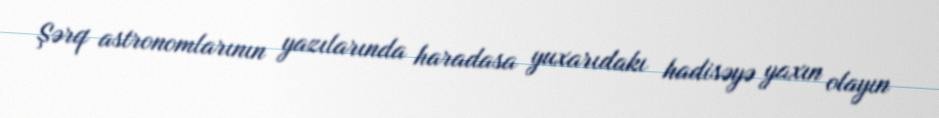
Şərq astronomlarının yazılarında haradasa yuxarıdakı hadisəyə yaxın olayın